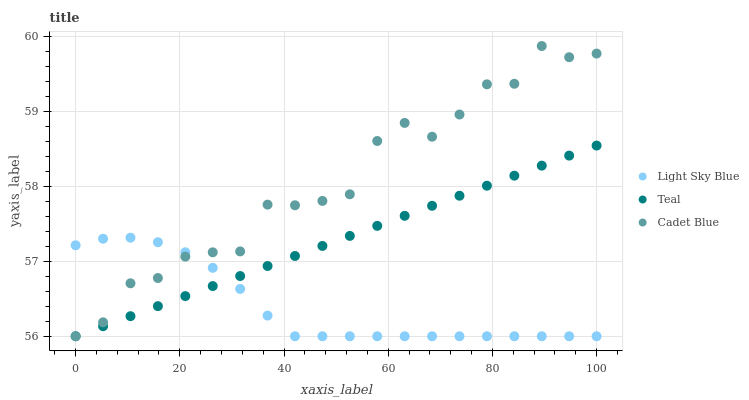
| xaxis_label | Light Sky Blue | Teal | Cadet Blue |
 | --- | --- | --- | --- |
 | 0 | 57.2 | 56 | 56 |
 | 5.26 | 57.3 | 56.1 | 56.2 |
 | 10.5 | 57.3 | 56.3 | 56.7 |
 | 15.8 | 57.3 | 56.4 | 56.8 |
 | 21.1 | 57.1 | 56.5 | 57.1 |
 | 26.3 | 56.9 | 56.7 | 57.1 |
 | 31.6 | 56.6 | 56.8 | 57.1 |
 | 36.8 | 56.3 | 56.9 | 57.8 |
 | 42.1 | 56 | 57.1 | 57.7 |
 | 47.4 | 56 | 57.2 | 57.8 |
 | 52.6 | 56 | 57.3 | 57.9 |
 | 57.9 | 56 | 57.5 | 58.6 |
 | 63.2 | 56 | 57.6 | 58.8 |
 | 68.4 | 56 | 57.7 | 58.7 |
 | 73.7 | 56 | 57.9 | 59 |
 | 78.9 | 56 | 58 | 59.4 |
 | 84.2 | 56 | 58.1 | 59.4 |
 | 89.5 | 56 | 58.3 | 59.9 |
 | 94.7 | 56 | 58.4 | 59.7 |
 | 100 | 56 | 58.5 | 59.8 |